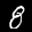
Label: 8